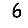
Digit: 6